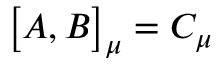
\bigl \lbrack A , B \bigr \rbrack _ { \mu } = C _ { \mu }